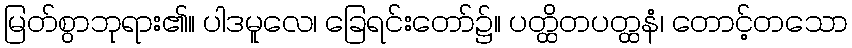
မြတ်စွာဘုရား၏။ ပါဒမူလေ၊ ခြေရင်းတော်၌။ ပတ္ထိတပတ္ထနံ၊ တောင့်တသော